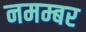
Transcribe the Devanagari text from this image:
नमम्बर